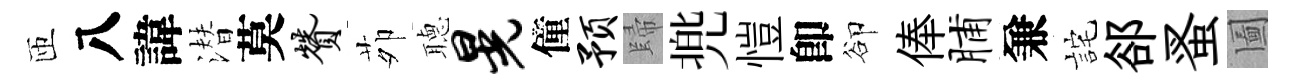
匝八諱潜莫赞茆𦗟晃僮预歸兠愷卽卻俸脯兼詫郤蚤圗